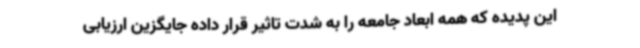
این پدیده که همه ابعاد جامعه را به شدت تاثیر قرار داده جایگزین ارزیابی